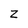
Character: Z